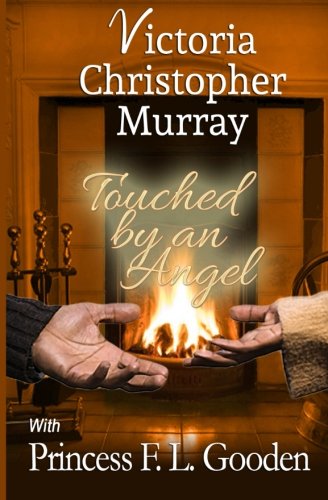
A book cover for Touched by an Angel; Victoria Christopher Murray; Literature & Fiction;